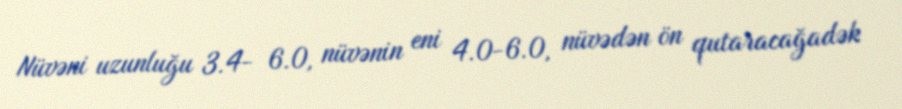
Nüvəni uzunluğu 3.4- 6.0, nüvənin eni 4.0-6.0, nüvədən ön qutaracağadək